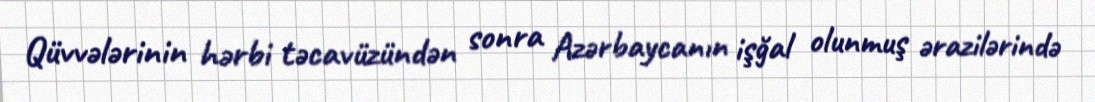
Qüvvələrinin hərbi təcavüzündən sonra Azərbaycanın işğal olunmuş ərazilərində